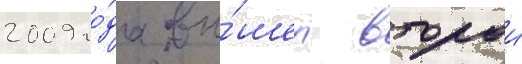
2009 го́да вы́шел второи